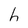
Character: h